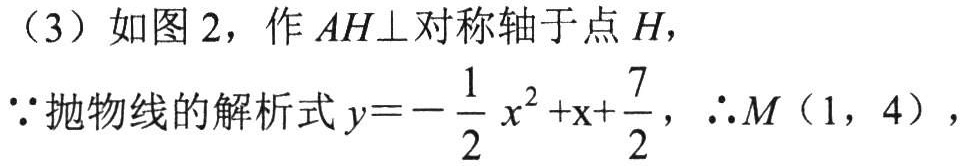
（3）如图 2，作 \(AH\perp\)对称轴于点 \(H\)，
\(\because\)抛物线的解析式 \(y = -\dfrac{1}{2}x^{2}+x+\dfrac{7}{2}\)，\(\therefore M(1,4)\)，